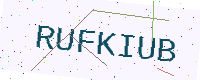
Text: RUFKIUB